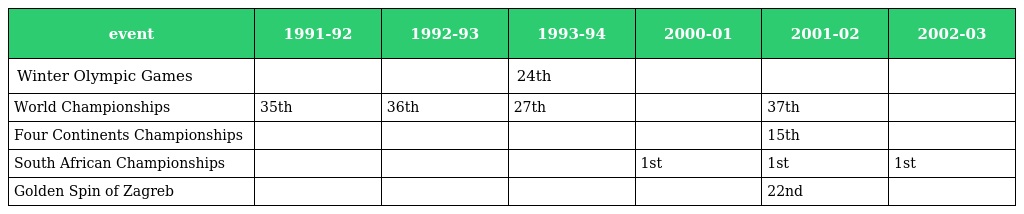
| event | 1991-92 | 1992-93 | 1993-94 | 2000-01 | 2001-02 | 2002-03 |
 | --- | --- | --- | --- | --- | --- | --- |
 | Winter Olympic Games |  |  | 24th |  |  |  |
 | World Championships | 35th | 36th | 27th |  | 37th |  |
 | Four Continents Championships |  |  |  |  | 15th |  |
 | South African Championships |  |  |  | 1st | 1st | 1st |
 | Golden Spin of Zagreb |  |  |  |  | 22nd |  |